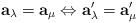
LaTeX: \begin{align*}\mathbf{a}_{\lambda} =\mathbf{a}_{\mu} \Leftrightarrow \mathbf{a}_{\lambda}' =\mathbf{a}_{\mu}'\end{align*}